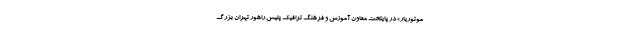
موتوریار» در پایتخت معاون آموزش و فرهنگ ترافیک پلیس راهور تهران بزرگ